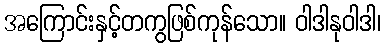
အကြောင်းနှင့်တကွဖြစ်ကုန်သော။ ဝါဒါနုဝါဒါ၊